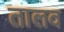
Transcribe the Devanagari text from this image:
तालव